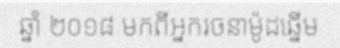
ឆ្នាំ ២០១៨ មកពីអ្នករចនាម៉ូដឆ្នើម